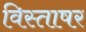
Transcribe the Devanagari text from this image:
विस्ताषर